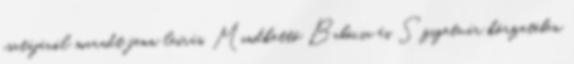
csatájáról maradt fenn leírás. Mindkettő Babócsa és Szigetvár körzetében